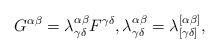
LaTeX: \begin{align*} G^{\alpha \beta} = \lambda^{\alpha \beta}_{\gamma \delta} F^{\gamma \delta}, \lambda^{\alpha \beta}_{\gamma \delta} = \lambda^{[\alpha \beta]}_{[\gamma \delta]},\end{align*}